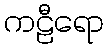
ကဠီရော